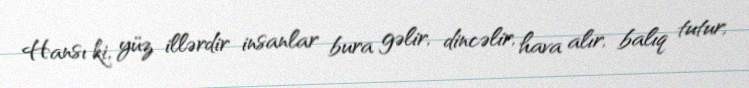
Hansı ki, yüz illərdir insanlar bura gəlir, dincəlir, hava alır, balıq tutur,